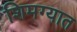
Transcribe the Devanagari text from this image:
शिमग्यात